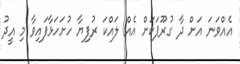
އެއްވަނަ އަށް ދާ ގުރޫޕަކަށް އެއް ލައްކަ ރުފިޔާ ހުށަހަޅާފައިވާ މި އީދު